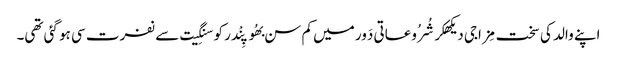
اپنے والد کی سخت مِزاجی دیکھکر شُرُوعاتی دَور میں کم سن بھُوپِنْدر کو سنگِیت سے نفرت سی ہو گئی تھی۔